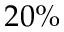
2 0 \%